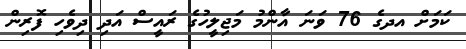
ކަމަށް އދގެ 76 ވަނަ އާންމު މަޖިލީހުގެ ރައީސް އަދި ދިވެހި ފޮރިން